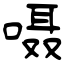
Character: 嗫